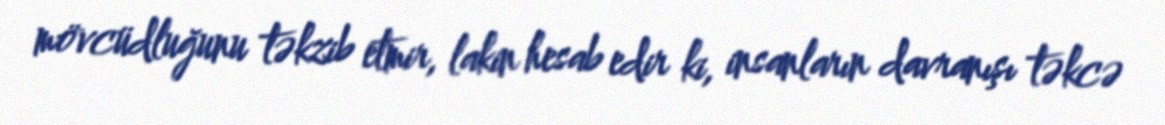
mövcüdluğunu təkzib etmir, lakin hesab edir ki, insanların davranışı təkcə